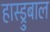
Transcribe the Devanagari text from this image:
हास्ड्रुबाल